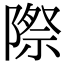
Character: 際